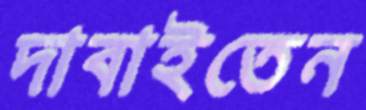
দাবাইতেন